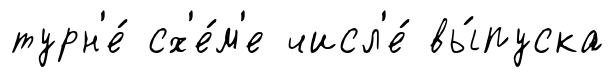
турн'е́ сх'е́м'е числ'е́ вы́пуска